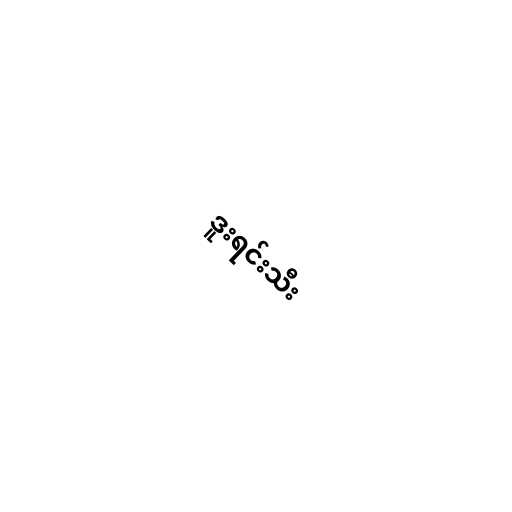
ဒူးရင်းသီး